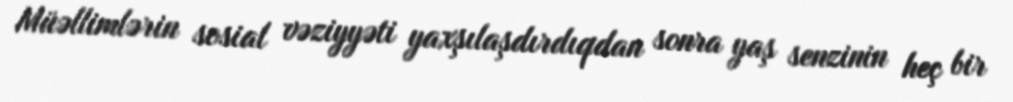
Müəllimlərin sosial vəziyyəti yaxşılaşdırdıqdan sonra yaş senzinin heç bir